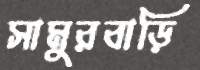
সামুরবাড়ি